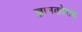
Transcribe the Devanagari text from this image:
ज्ञानकोशच